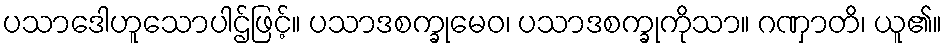
ပသာဒေါဟူသောပါဌ်ဖြင့်။ ပသာဒစက္ခုမေဝ၊ ပသာဒစက္ခုကိုသာ။ ဂဏှာတိ၊ ယူ၏။